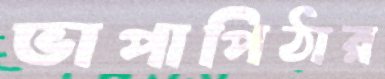
ভাপাপিঠার